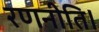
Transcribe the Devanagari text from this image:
रणनीति।